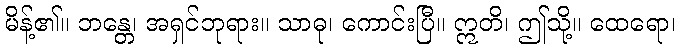
မိန့်၏။ ဘန္တေ၊ အရှင်ဘုရား။ သာဓု၊ ကောင်းပြီ။ ဣတိ၊ ဤသို့။ ထေရော၊